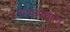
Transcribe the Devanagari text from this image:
सड़कमृत्यु